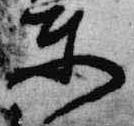
東